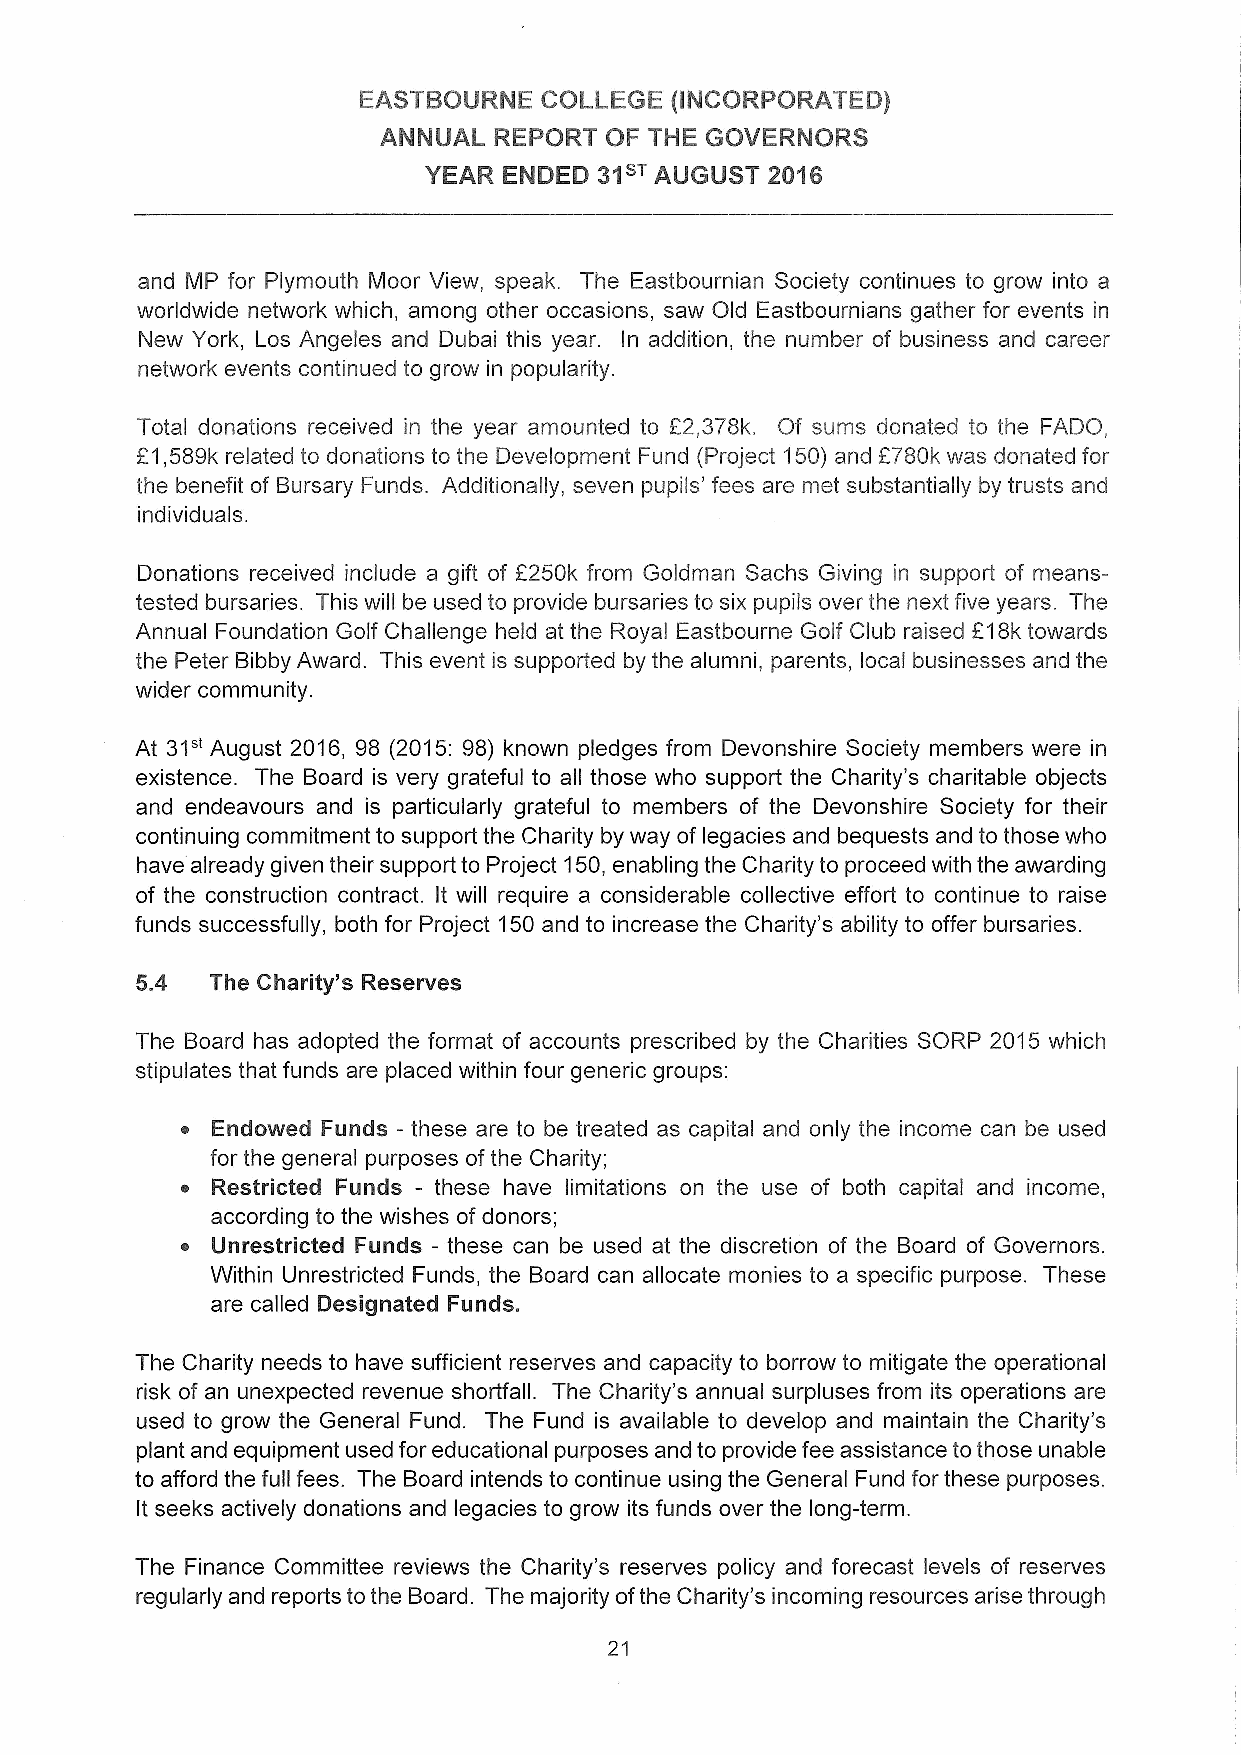
EASTBOURNE  COLLEGE (INCORPORATED)
 ANNUAL  REPORT OF THE GOVERNORS
 YEAR ENDED  31s~AUGUST 20'I6
 and MP for Plymouth Moor View, speak. The Eastbournian Society continues to grow into a
 worldwide network which, among other occasions, saw Old Eastbournians gather for events in
 New York, Los Angeles and Dubai this year. In addition, the number of business and career
 network events continued to grow in popularity.
 Total donations received in the year amounted to E2,378k. Of sums donated to the FADO,
 E1,589k related to donations to the Development Fund (Project 150)and 2780k was donated for
 the benefit of Bursary Funds. Additionally, seven pupils' fees are met substantially by trusts and
 individuals.
 Donations received include a gift of 2250k from Goldman Sachs Giving in support of means-
 tested bursaries. This will be used to provide bursaries to six pupils over the next five years. The
 Annual Foundation Golf Challenge held at the Royal Eastbourne Golf Club raised f18k towards
 the Peter Bibby Award. This event is supported by the alumni, parents, local businesses and the
 wider community.
 31"
 At   August 2016, 98 (2015:98) known pledges from Devonshire Society members were in
 existence. The Board is very grateful to all those who support the Charity's charitable objects
 and endeavours and is particularly grateful to members of the Devonshire Society for their
 continuing commitment to support the Charity by way of legacies and bequests and to those who
 have already given their support to Project 150,enabling the Charity to proceed with the awarding
 of the construction contract. It will require a considerable collective effort to continue to raise
 funds successfully, both for Project 150and to increase the Charity's ability to offer bursaries.
 5.4  The Charity's Reserves
 The Board has adopted the format of accounts prescribed by the Charities SORP 2015 which
 stipulates that funds are placed within four generic groups:
 ~ Endowed Funds - these are to be treated as capital and only the income can be used
 for the general purposes ofthe Charity;
 ~ Restricted Funds - these have limitations on the use of both capital and income,
 according to the wishes of donors;
 ~ Unrestricted Funds —these can be used at the discretion of the Board of Governors.
 Within Unrestricted Funds, the Board can allocate monies to a specific purpose. These
 are called Designated Funds.
 The Charity needs to have sufficient reserves and capacity to borrow to mitigate the operational
 risk of an unexpected revenue shortfall. The Charity's annual surpluses from its operations are
 used to grow the General Fund. The Fund is available to develop and maintain the Charity's
 plant and equipment used for educational purposes and to provide fee assistance to those unable
 to afford the full fees. The Board intends to continue using the General Fund for these purposes.
 lt seeks actively donations and legacies to grow its funds over the long-term.
 The Finance Committee reviews the Charity's reserves policy and forecast levels of reserves
 regularly and reports to the Board. The majority ofthe Charity's incoming resources arise through
 21